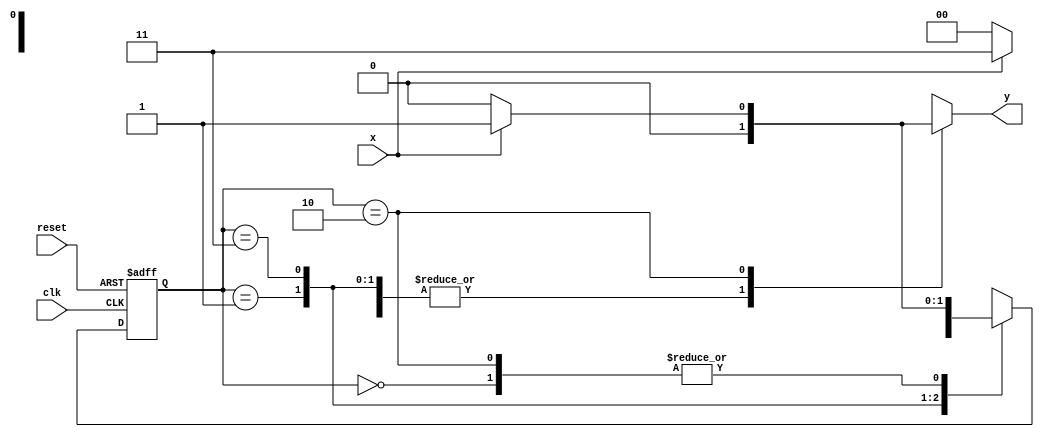
// 821811 - Felipe Rivetti Mizher


`define found 1
`define notfound 0

module mealy_1101(y, x, clk, reset);
    output y;   
    input x;
    input clk;
    input reset;
    reg y;
    
    parameter
        start = 2'b00,
        id1 = 2'b01,
        id11 = 2'b11,
        id110 = 2'b10;
        reg [1:0] E1;
        reg [1:0] E2;
    
    always @(x or E1)
        begin
            y = `notfound;
            case (E1)
                start:
                    if (x)
                        E2 = id1;
                    else
                        E2 = start;
                        id1:
                    if (x)
                        E2 = id11;
                    else
                        E2 = start;
                        id11:
                    if (x)
                        E2 = id11;
                    else
                        E2 = id110;
                        id110:
                    if (x)
                        begin
                            E2 = id1;
                            y = `found;
                        end
                    else
                        begin
                            E2 = start;
                            y = `notfound;
                        end
                    default: 
                        E2 = 2'bxx;
            endcase
        end

    always @( posedge clk or negedge reset )
        begin
            if ( reset )
                E1 = E2;
            else
                E1 = 0; 
            end 
endmodule // mealy_1101

module Guia_1101;
    reg x, clk, reset;
    wire y;

    mealy_1101 mealy (y, x, clk, reset);

    initial
    begin
        $monitor("clock = %b / y = %b / x = %b / res = %b", clk, y, x, reset);
        clk = 0;
        reset = 1;
        #5 reset = 0;
        #10 x = 1;
        #5 x = 0;
        #10 x = 1;
        #5 x = 1;
        #5 x = 0;
        #100 $finish;
    end
    always #5 clk = ~clk;
endmodule // end Guia_1101